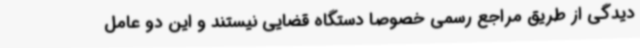
دیدگی از طریق مراجع رسمی خصوصاً دستگاه قضایی نیستند و این دو عامل